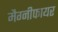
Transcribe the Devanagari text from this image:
मैग्नीफायर